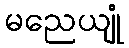
မညေယျုံ